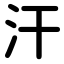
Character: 汗